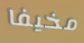
مخيفا